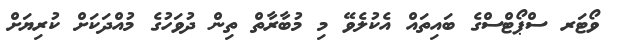
ވޯޓަރ ސްޕޯޓްސްގެ ބައިތައް އެކުލެވޭ މި މުބާރާތް ތިން ދުވަހުގެ މުއްދަކަށް ކުރިޔަށް